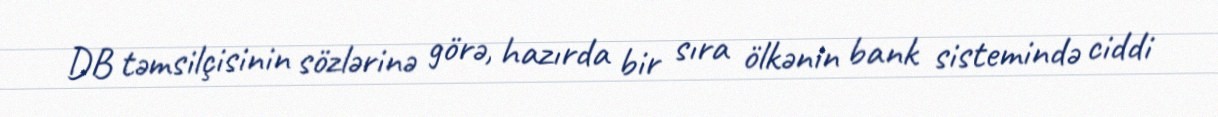
DB təmsilçisinin sözlərinə görə, hazırda bir sıra ölkənin bank sistemində ciddi